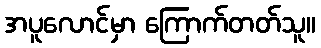
အပူလောင်မှာ ကြောက်တတ်သူ။